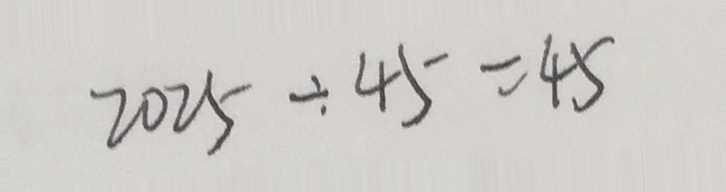
2 0 2 5 \div 4 5 = 4 5